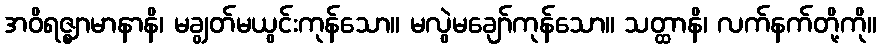
အဝိရဇ္ဈာမာနာနိ၊ မချွတ်မယွင်းကုန်သော။ မလွဲမချော်ကုန်သော။ သတ္ထာနိ၊ လက်နက်တို့ကို။